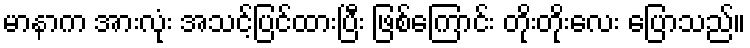
မာနာက အားလုံး အသင့်ပြင်ထားပြီး ဖြစ်ကြောင်း တိုးတိုးလေး ပြောသည်။